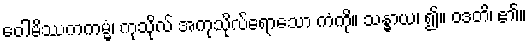
ဝေါမိဿကကမ္မံ၊ ကုသိုလ် အကုသိုလ်ရောသော ကံကို။ သန္ဓာယ၊ ၍။ ဝဒတိ၊ ၏။